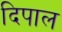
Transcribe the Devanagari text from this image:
दिपाल